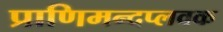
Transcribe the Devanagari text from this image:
प्राणिमन्दप्लवक